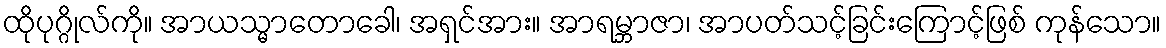
ထိုပုဂ္ဂိုလ်ကို။ အာယသ္မာတောခေါ၊ အရှင်အား။ အာရမ္ဘာဇာ၊ အာပတ်သင့်ခြင်းကြောင့်ဖြစ် ကုန်သော။